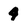
Character: 4